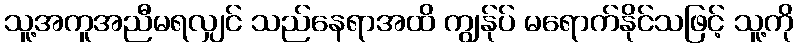
သူ့အကူအညီမရလျှင် သည်နေရာအထိ ကျွန်ုပ် မရောက်နိုင်သဖြင့် သူ့ကို